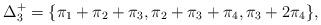
LaTeX: \begin{align*}\Delta^+_3=\{ \pi_1+\pi_2+\pi_3, \pi_2+\pi_3+\pi_4, \pi_3+2\pi_4\},\end{align*}